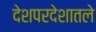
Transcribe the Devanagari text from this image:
देशपरदेशातले